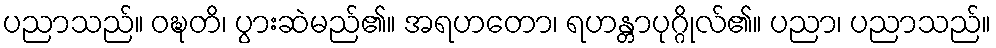
ပညာသည်။ ဝဍ္ဎတိ၊ ပွားဆဲမည်၏။ အရဟတော၊ ရဟန္တာပုဂ္ဂိုလ်၏။ ပညာ၊ ပညာသည်။